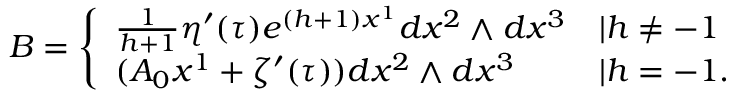
B = \left\{ \begin{array} { l l } { { \frac { 1 } { h + 1 } \eta ^ { \prime } ( \tau ) e ^ { ( h + 1 ) x ^ { 1 } } d x ^ { 2 } \wedge d x ^ { 3 } } } & { { | h \neq - 1 } } \\ { { ( A _ { 0 } x ^ { 1 } + \zeta ^ { \prime } ( \tau ) ) d x ^ { 2 } \wedge d x ^ { 3 } } } & { { | h = - 1 . } } \end{array} \right.